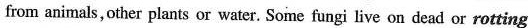
from animals,other plants or water. Some fungi live on dead or rotting